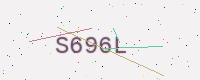
Text: S696L